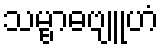
သမ္ဗာဓဗျူဟံ